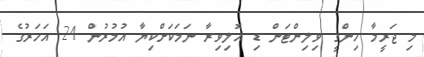
މި ޖަރީމާ ހިންގީ ވިލިންޓަން ޑި އޮލިވިރާ ނަމަކަށްކިޔާ އުމުރުން 24 އަހަރުގެ